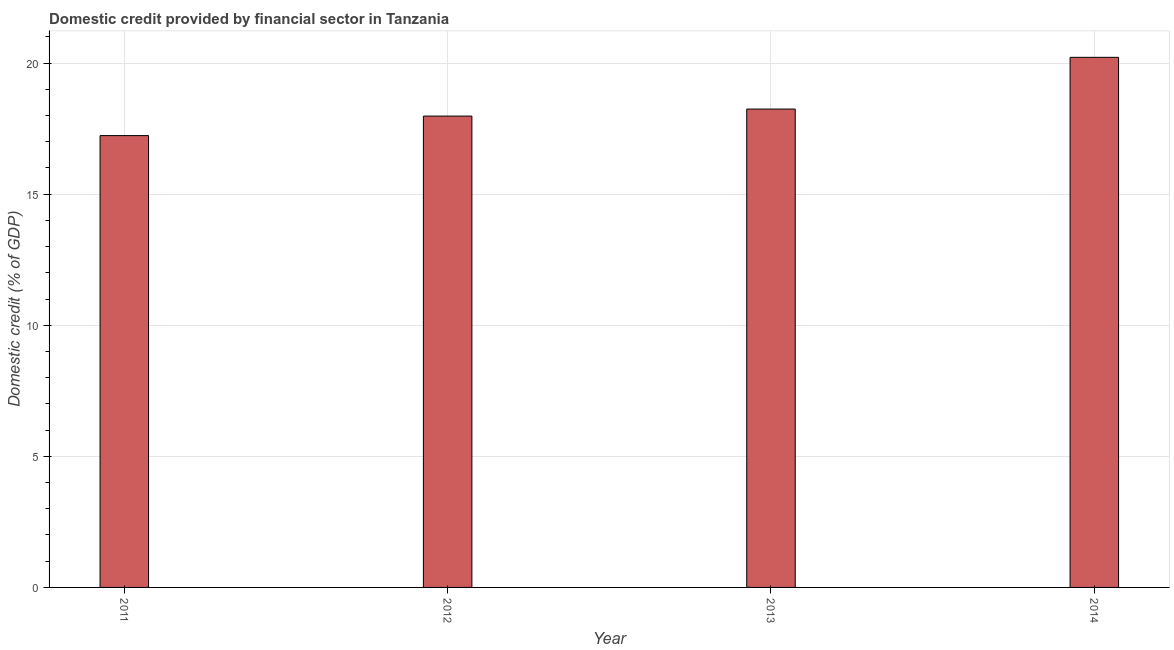
| Year | Domestic credit provided by financial sector |
 | --- | --- |
 | 2011 | 17.2 |
 | 2012 | 18 |
 | 2013 | 18.2 |
 | 2014 | 20.2 |